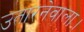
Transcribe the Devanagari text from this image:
उतारनेवाला।